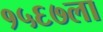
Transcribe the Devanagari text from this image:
१५६७ला